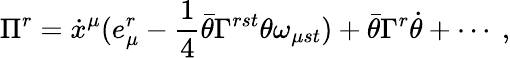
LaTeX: \Pi^{r}=\dot{x}^{\mu}(e_{\mu}^{r}-\frac{1}{4}\bar{\theta}\Gamma^{rst}\theta\omega_{\mu st})+\bar{\theta}\Gamma^{r}\dot{\theta}+\cdots~,